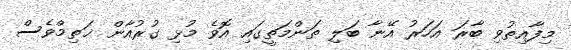
މިފާއިތުވި ބާރަ އަހަރު އޭނާ ބަލި ތަންމަތީގައި އޮވެ މުޅި ގުރުއާން ޚަތިމްވެސް